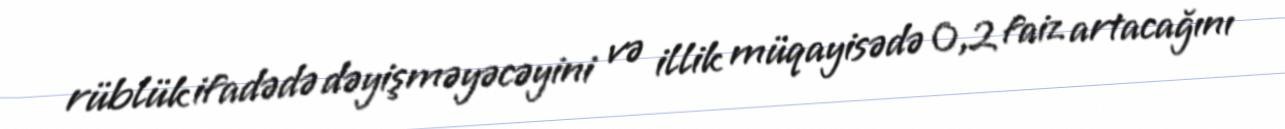
rüblük ifadədə dəyişməyəcəyini və illik müqayisədə 0,2 faiz artacağını